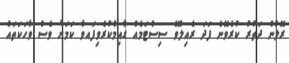
ރޭލުން ދަތުރު ކުރެވޭނެ ފަދަ ރެއިލްވޭ ސިސްޓަމެއް ގާއިމްކުރެވިފައވާ ކަމަށް ވެސް ވާހަކަތައް